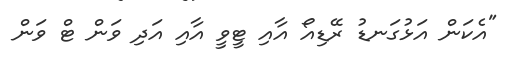
"އެކަން އަޅުގަނޑު ރޭޑިއޯ އާއި ޓީވީ އާއި އަދި ވަން ޓް ވަން